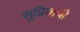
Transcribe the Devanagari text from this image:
सुप्रियाची